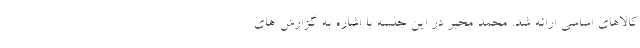
کالاهای اساسی ارائه شد. محمد مخبر در این جلسه با اشاره به گزارش های